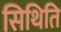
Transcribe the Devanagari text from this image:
सिथिति